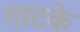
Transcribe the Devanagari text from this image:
गाटके